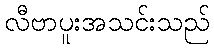
လီဗာပူးအသင်းသည်